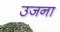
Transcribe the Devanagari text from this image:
उजना